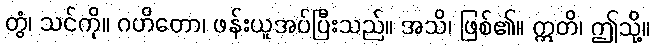
တွံ၊ သင်ကို။ ဂဟိတော၊ ဖန်းယူအပ်ပြီးသည်။ အသိ၊ ဖြစ်၏။ ဣတိ၊ ဤသို့။